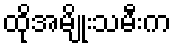
ထိုအမျိုးသမီးက